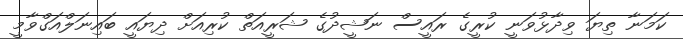
ކަމަނާ ތިޔަ ވިދާޅުވަނީ ކުރީގެ ރައީސް ނަޝީދުގެ ޝަރީއަތް ކުރިއަށް ދިޔައީ ބައިނަލްއަގްވާމީ